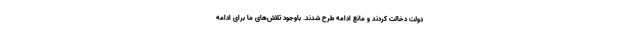
دولت دخالت کردند و مانع ادامه طرح شدند. باوجود تلاش‌های ما برای ادامه